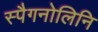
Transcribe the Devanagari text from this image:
स्पैगनोलिनि